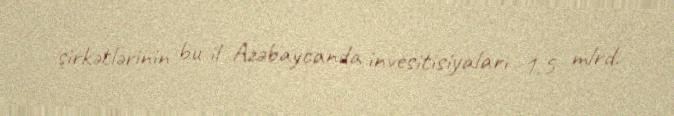
şirkətlərinin bu il Azəbaycanda invesitisiyaları 1,5 mlrd.